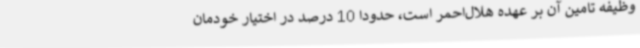
وظیفه تامین آن بر عهده هلال‌احمر است، حدودا 10 درصد در اختیار خودمان